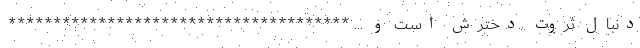
دنبال ثروت دخترش است و ... **************************************